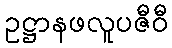
ဥဋ္ဌာနဖလူပဇီဝီ